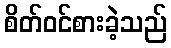
စိတ်ဝင်စားခဲ့သည်